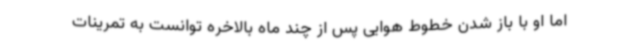
اما او با باز شدن خطوط هوایی پس از چند ماه بالاخره توانست به تمرینات